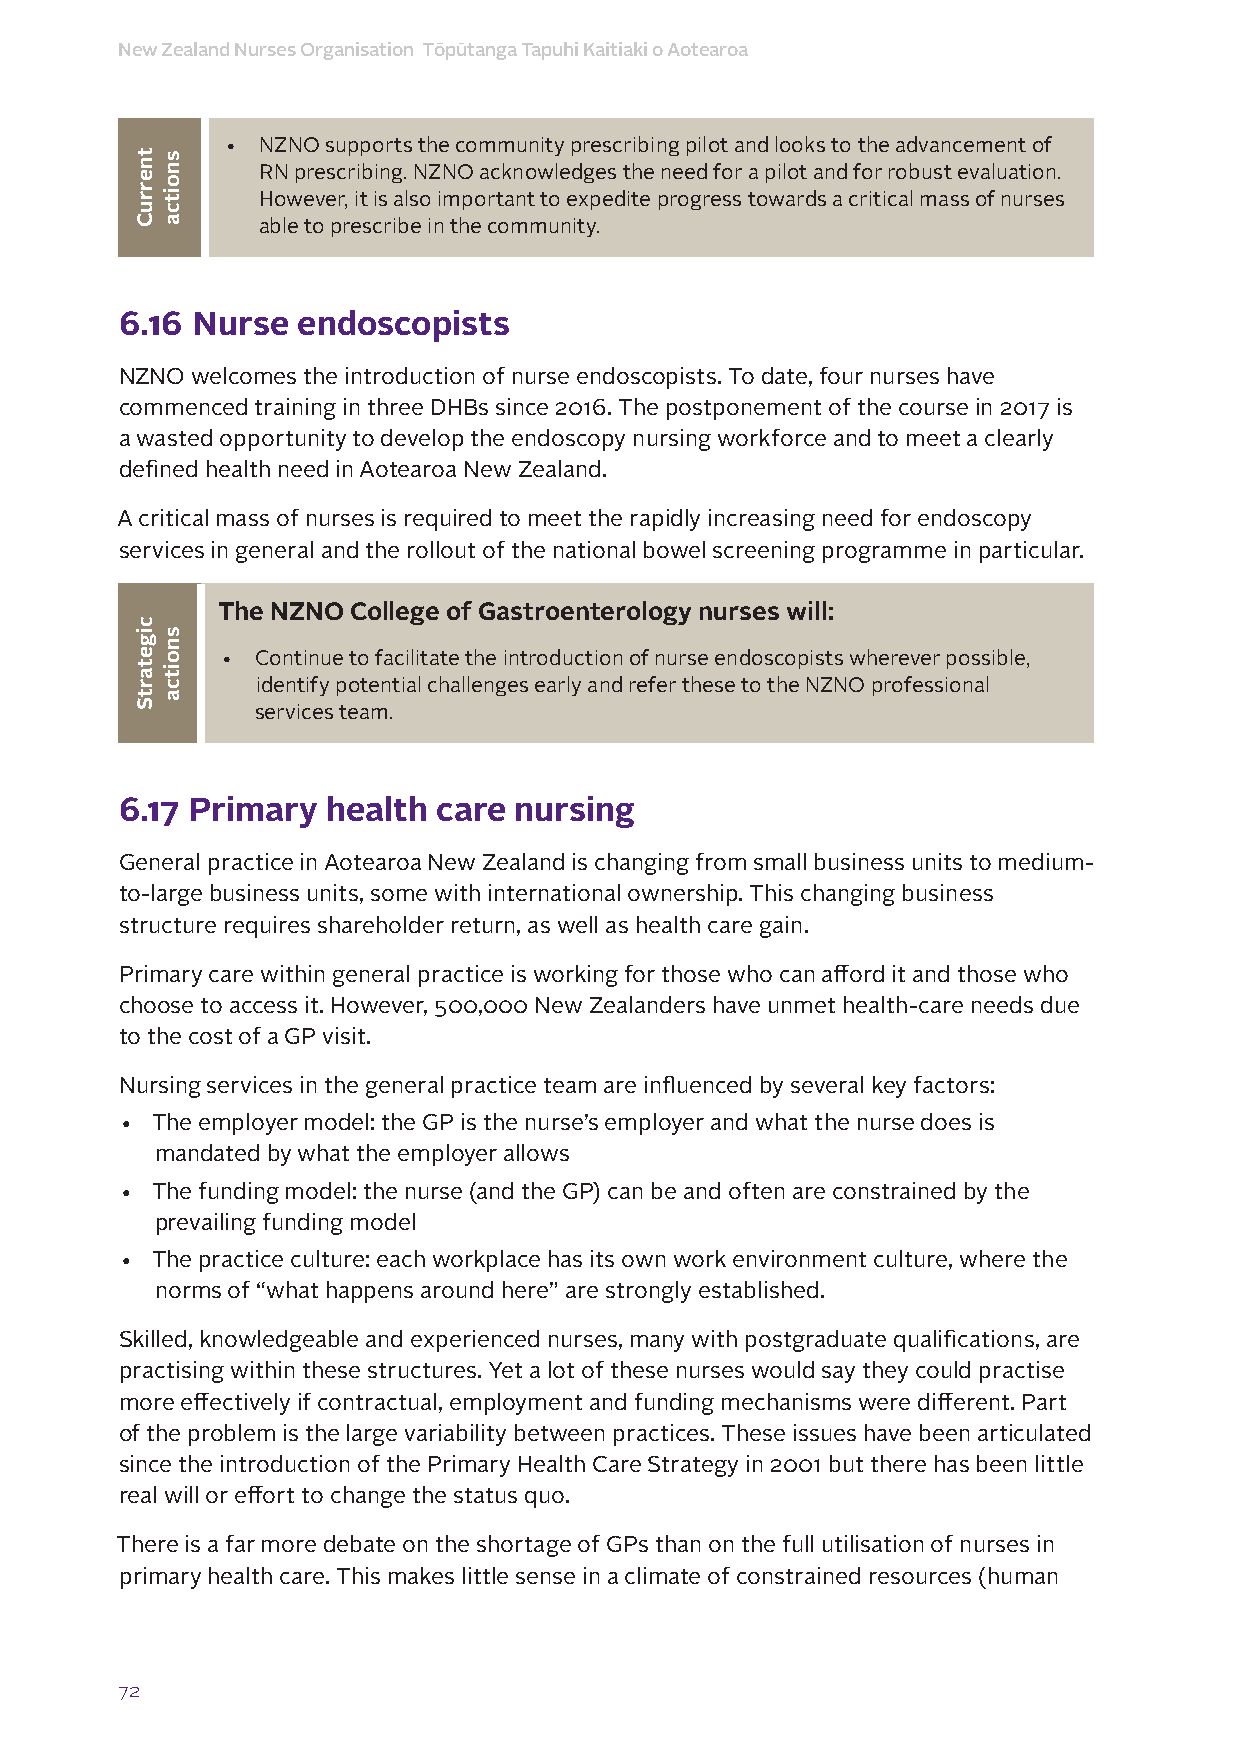
New Zealand Nurses Organisation Tōpūtanga Tapuhi Kaitiaki o Aotearoa
 • NZNO supports the community prescribing pilot and looks to the advancement of
 RN prescribing. NZNO acknowledges the need for a pilot and for robust evaluation.
 However, it is also important to expedite progress towards a critical mass of nurses
 able to prescribe in the community.
 6.16 Nurse  endoscopists
 NZNO welcomes the introduction of nurse endoscopists. To date, four nurses have
 commenced training in three DHBs since 2016. The postponement of the course in 2017 is
 a wasted opportunity to develop the endoscopy nursing workforce and to meet a clearly
 defined health need in Aotearoa New Zealand.
 A critical mass of nurses is required to meet the rapidly increasing need for endoscopy
 services in general and the rollout of the national bowel screening programme in particular.
 The NZNO College of Gastroenterology nurses will:
 • Continue to facilitate the introduction of nurse endoscopists wherever possible,
 identify potential challenges early and refer these to the NZNO professional
 services team.
 6.17 Primary  health care nursing
 General practice in Aotearoa New Zealand is changing from small business units to medium-
 to-large business units, some with international ownership. This changing business
 structure requires shareholder return, as well as health care gain.
 Primary care within general practice is working for those who can afford it and those who
 choose to access it. However, 500,000 New Zealanders have unmet health-care needs due
 to the cost of a GP visit.
 Nursing services in the general practice team are influenced by several key factors:
 • The employer model: the GP is the nurse’s employer and what the nurse does is
 mandated by what the employer allows
 • The funding model: the nurse (and the GP) can be and often are constrained by the
 prevailing funding model
 • The practice culture: each workplace has its own work environment culture, where the
 norms of “what happens around here” are strongly established.
 Skilled, knowledgeable and experienced nurses, many with postgraduate qualifications, are
 practising within these structures. Yet a lot of these nurses would say they could practise
 more effectively if contractual, employment and funding mechanisms were different. Part
 of the problem is the large variability between practices. These issues have been articulated
 since the introduction of the Primary Health Care Strategy in 2001 but there has been little
 real will or effort to change the status quo.
 There is a far more debate on the shortage of GPs than on the full utilisation of nurses in
 primary health care. This makes little sense in a climate of constrained resources (human
 72
 tnerruC
 cigetartS
 snoitca
 snoitca